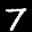
Label: 7